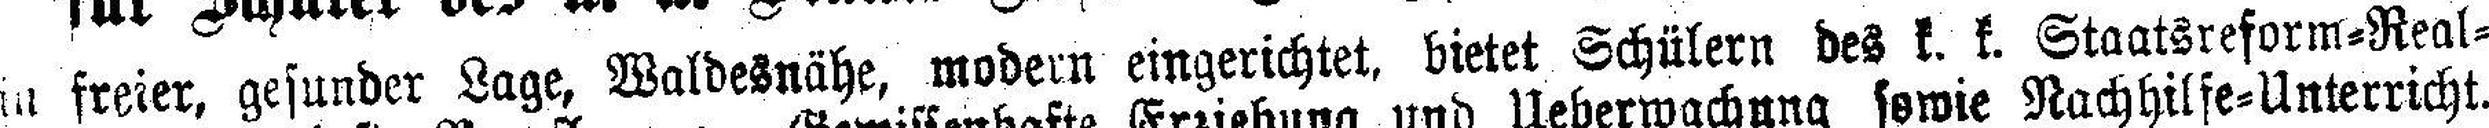
in freier, gesunder Lage, Waldesnähe, modern eingerichtet, bietet Schülern des k. k. Staatsreform=Real=